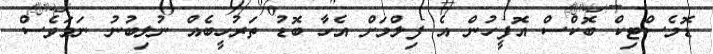
ޑޮމެސްޓިކް ބޮކްސް އޮފީހުން އެ ފިލްމަށް އެހާ ބޮޑު ތަރުހީބެއް ނުލިބުނު ނަމަވެސް